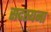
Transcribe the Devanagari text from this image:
सदस्यना